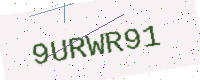
Text: 9URWR91